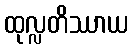
ထုလ္လတိဿာယ